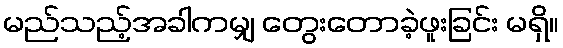
မည်သည့်အခါကမျှ တွေးတောခဲ့ဖူးခြင်း မရှိ။